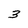
Character: 3